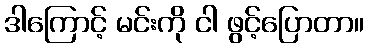
ဒါကြောင့် မင်းကို ငါ ဖွင့်ပြောတာ။